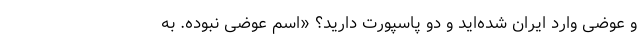
و عوضی وارد ایران شده‌اید و دو پاسپورت دارید؟ «اسم عوضی نبوده. به